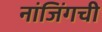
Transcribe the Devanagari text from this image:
नांजिंगची